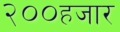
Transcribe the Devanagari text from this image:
२००हजार